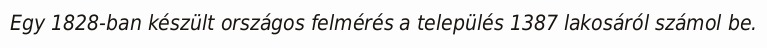
Egy 1828-ban készült országos felmérés a település 1387 lakosáról számol be.